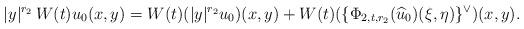
LaTeX: \begin{align*} |y|^{r_2} \,W(t) u_0(x,y)= W(t)(|y|^{r_2} u_0)(x,y) + W(t) (\{ \Phi_{2,t,r_2}(\widehat u_0)(\xi,\eta)\}^{\lor})(x,y). \end{align*}